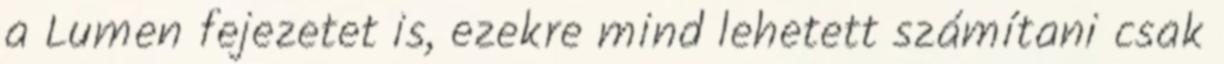
a Lumen fejezetet is, ezekre mind lehetett számítani csak